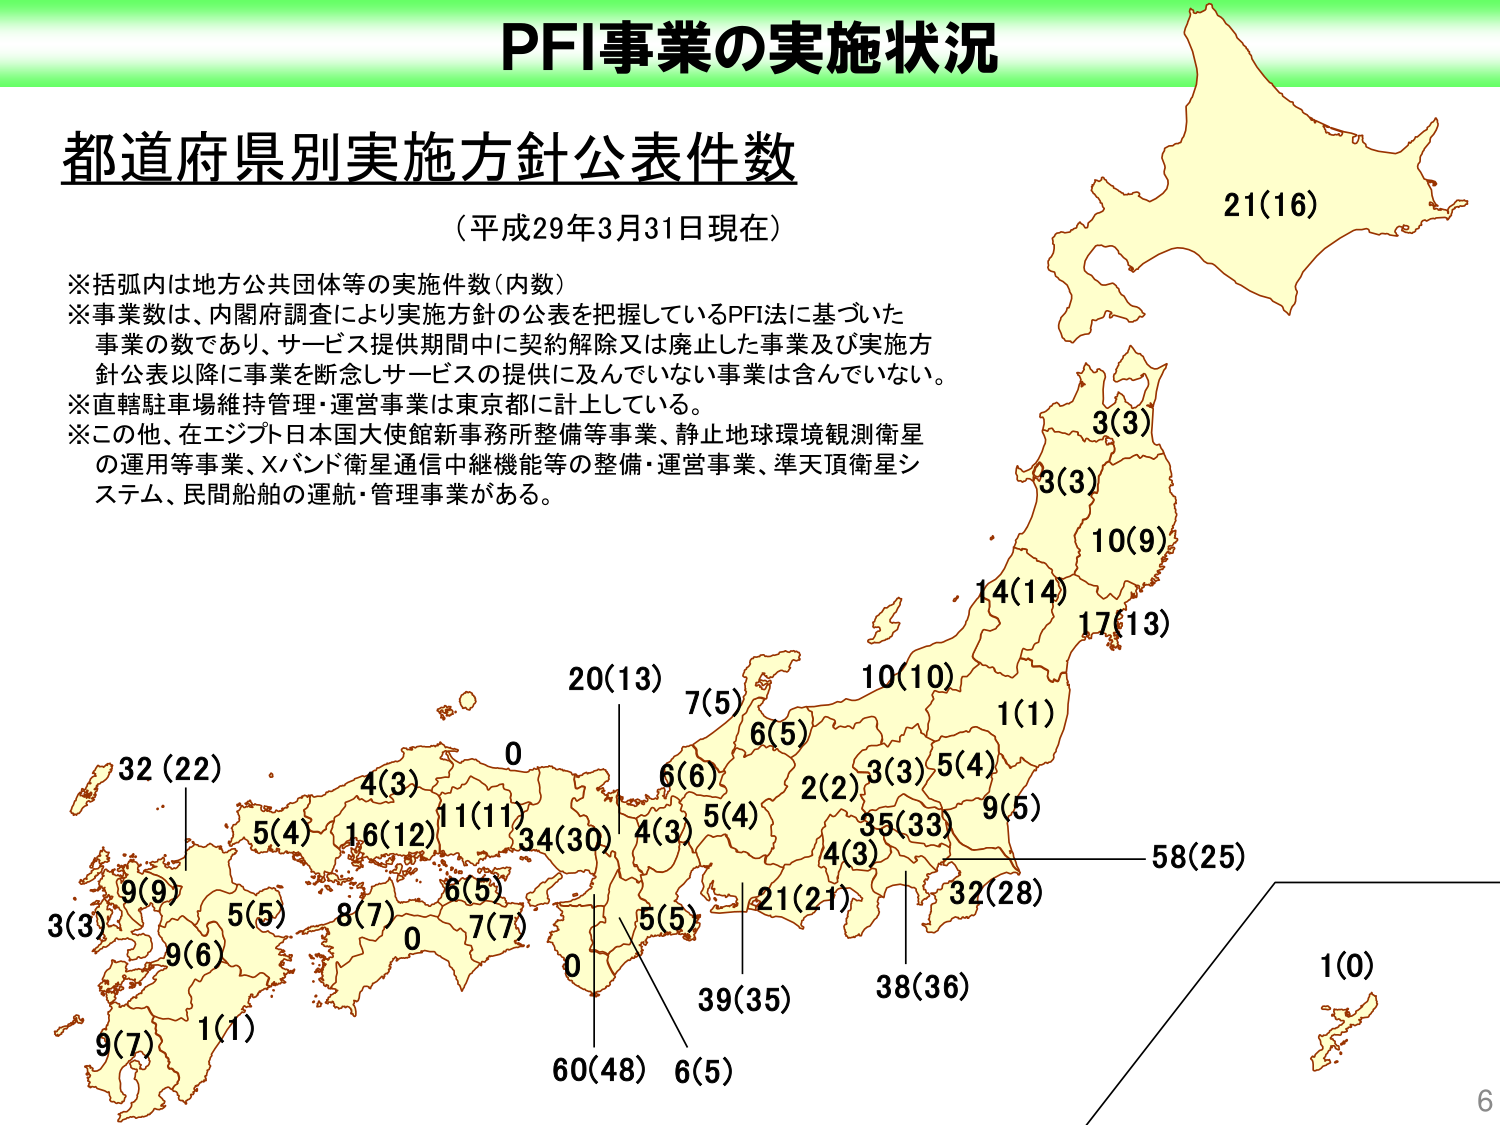
PFI事業の実施状況

都道府県別実施方針公表件数
（平成29年3月31日現在）

※括弧内は地方公共団体等の実施件数（内数）
※事業数は、内閣府調査により実施方針の公表を把握しているPFI法に基づいた
事業の数であり、サービス提供期間中に契約解除又は廃止した事業及び実施方
針公表以降に事業を断念しサービスの提供に及んでいない事業は含んでいない。
※直轄駐車場維持管理・運営事業は東京都に計上している。
※この他、在エジプト日本国大使館新事務所整備等事業、静止地球環境観測衛星
の運用等事業、Xバンド衛星通信中継機能等の整備・運営事業、準天頂衛星シ
ステム、民間船舶の運航・管理事業がある。

21(16)
3(3)
3(3)
10(9)
14(14)
17(13)
10(10)
1(1)
20(13)
7(5)
6(5)
6(6)
5(4)
2(2)
3(3)
5(4)
35(33)
4(3)
9(5)
58(25)
32(28)
38(36)
21(21)
5(5)
39(35)
6(5)
60(48)
0
4(3)
11(11)
16(12)
4(3)
5(4)
32(22)
5(5)
8(7)
6(5)
7(7)
0
9(6)
1(1)
9(7)
3(3)
9(9)
1(0)

6